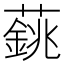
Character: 𦾺